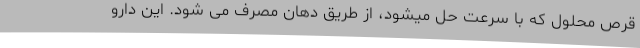
قرص محلول که با سرعت حل میشود، از طریق دهان مصرف می شود. این دارو